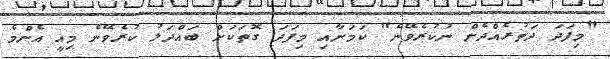
"މިފަދަ ދަތުރެއްދެން ނުކުރެވޭނެ" ކަމަށާއި މިފަދަ ގޮތަކަށް ބައްދަލު ކުރެވޭނެ މިއީ އެންމެ